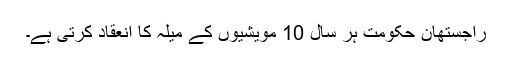
راجستھان حکومت ہر سال 10 مویشیوں کے میلہ کا انعقاد کرتی ہے۔